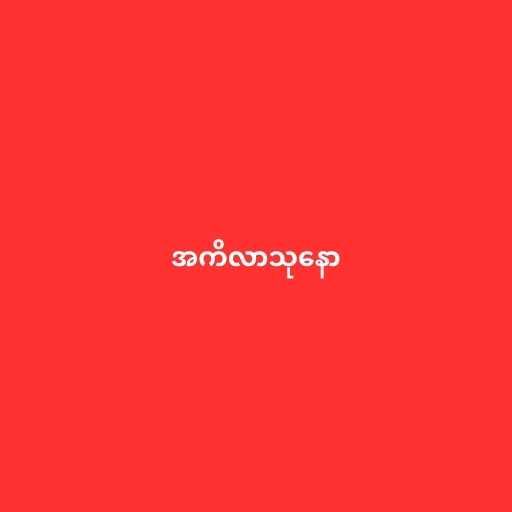
အကိလာသုနော